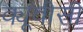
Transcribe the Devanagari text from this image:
क्यूवीसी